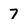
Character: 7